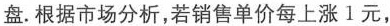
盘。根据市场分析，若销售单价每上涨1元，